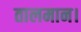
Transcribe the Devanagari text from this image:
तालमान।